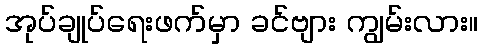
အုပ်ချုပ်ရေးဖက်မှာ ခင်ဗျား ကျွမ်းလား။